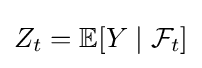
Z_{t}=\mathbb {E} [Y\mid {\mathcal {F}}_{t}]